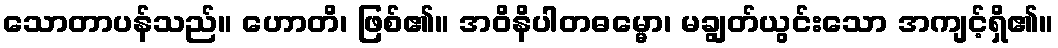
သောတာပန်သည်။ ဟောတိ၊ ဖြစ်၏။ အဝိနိပါတဓမ္မော၊ မချွတ်ယွင်းသော အကျင့်ရှိ၏။